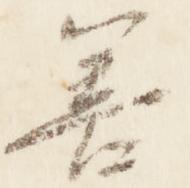
善